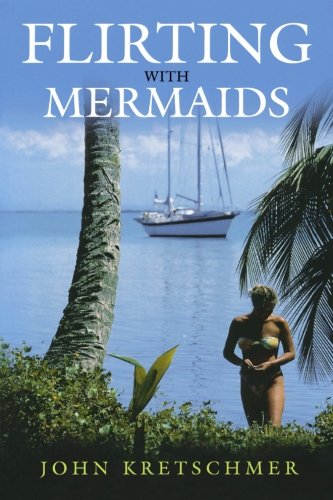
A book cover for Flirting with Mermaids: The Unpredictable Life of a Sailboat Delivery Skipper; John Kretschmer; Sports & Outdoors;